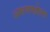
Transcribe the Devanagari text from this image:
अरूणखोला